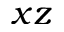
x z